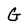
Character: G